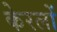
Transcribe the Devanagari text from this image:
केरलों